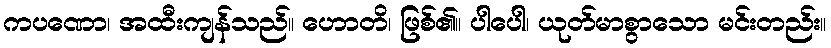
ကပဏော၊ အထီးကျန်သည်။ ဟောတိ၊ ဖြစ်၏။ ပါပေါ၊ ယုတ်မာစွာသော မင်းတည်း။